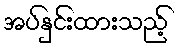
အပ်နှင်းထားသည့်